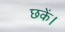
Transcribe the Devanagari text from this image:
छकें।